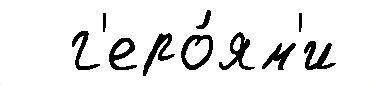
  г'еро́ям'и